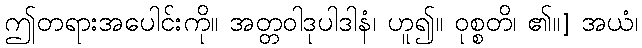
ဤတရားအပေါင်းကို။ အတ္တဝါဒုပါဒါနံ၊ ဟူ၍။ ဝုစ္စတိ၊ ၏။] အယံ၊